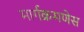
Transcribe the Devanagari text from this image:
मार्गक्रमणेस